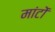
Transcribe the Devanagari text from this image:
मांटों